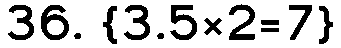
36. {3.5×2=7}